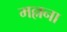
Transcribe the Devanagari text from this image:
मल्लना